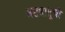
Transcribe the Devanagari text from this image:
अष्टधातुची